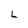
Character: 2